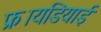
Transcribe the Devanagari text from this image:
फ्रायडियाई